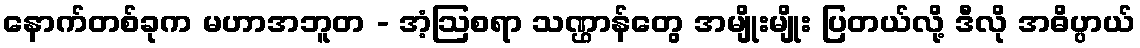
နောက်တစ်ခုက မဟာအဘူတ - အံ့ဩစရာ သဏ္ဌာန်တွေ အမျိုးမျိုး ပြတယ်လို့ ဒီလို အဓိပ္ပာယ်